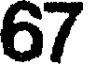
67